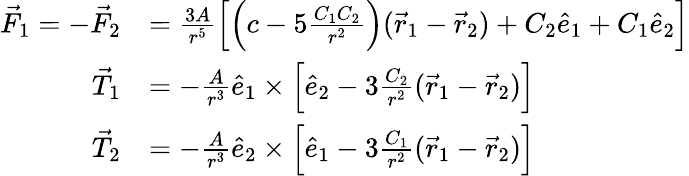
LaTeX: \begin{array}{rl}{\vec{F}_{1}=-\vec{F}_{2}}&{=\frac{3A}{r^{5}}\left[\left(c-5\frac{C_{1}C_{2}}{r^{2}}\right)(\vec{r}_{1}-\vec{r}_{2})+C_{2}\hat{e}_{1}+C_{1}\hat{e}_{2}\right]}\\ {\vec{T}_{1}}&{=-\frac{A}{r^{3}}\hat{e}_{1}\times\left[\hat{e}_{2}-3\frac{C_{2}}{r^{2}}(\vec{r}_{1}-\vec{r}_{2})\right]}\\ {\vec{T}_{2}}&{=-\frac{A}{r^{3}}\hat{e}_{2}\times\left[\hat{e}_{1}-3\frac{C_{1}}{r^{2}}(\vec{r}_{1}-\vec{r}_{2})\right]}\end{array}